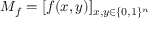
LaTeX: M _ { f } = [ f ( x , y ) ] _ { x , y \in \{ 0 , 1 \} ^ { n } }